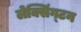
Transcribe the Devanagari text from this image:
लेक्सिंग्‍टन